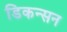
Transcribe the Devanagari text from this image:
डिकन्सन